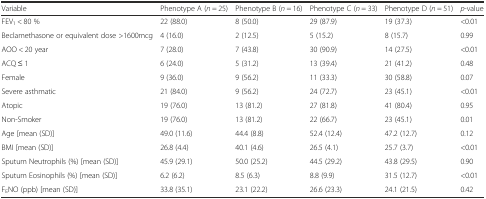
| Variable | Phenotype A (n = 25) | Phenotype B (n = 16) | Phenotype C (n = 33) | Phenotype D (n = 51) | p-value |
 | --- | --- | --- | --- | --- | --- |
 | FEV1 < 80 % | 22 (88.0) | 8 (50.0) | 29 (87.9) | 19 (37.3) | <0.01 |
 | Beclamethasone or equivalent dose >1600mcg | 4 (16.0) | 2 (12.5) | 5 (15.2) | 8 (15.7) | 0.99 |
 | AOO < 20 year | 7 (28.0) | 7 (43.8) | 30 (90.9) | 14 (27.5) | <0.01 |
 | ACQ ≤ 1 | 6 (24.0) | 5 (31.2) | 13 (39.4) | 21 (41.2) | 0.48 |
 | Female | 9 (36.0) | 9 (56.2) | 11 (33.3) | 30 (58.8) | 0.07 |
 | Severe asthmatic | 21 (84.0) | 9 (56.2) | 24 (72.7) | 23 (45.1) | <0.01 |
 | Atopic | 19 (76.0) | 13 (81.2) | 27 (81.8) | 41 (80.4) | 0.95 |
 | Non-Smoker | 19 (76.0) | 13 (81.2) | 22 (66.7) | 23 (45.1) | 0.01 |
 | Age [mean (SD)] | 49.0 (11.6) | 44.4 (8.8) | 52.4 (12.4) | 47.2 (12.7) | 0.12 |
 | BMI [mean (SD)] | 26.8 (4.4) | 40.1 (4.6) | 26.5 (4.1) | 25.7 (3.7) | <0.01 |
 | Sputum Neutrophils (%) [mean (SD)] | 45.9 (29.1) | 50.0 (25.2) | 44.5 (29.2) | 43.8 (29.5) | 0.90 |
 | Sputum Eosinophils (%) [mean (SD)] | 6.2 (6.2) | 8.5 (6.3) | 8.8 (9.9) | 31.5 (12.7) | <0.01 |
 | FENO (ppb) [mean (SD)] | 33.8 (35.1) | 23.1 (22.2) | 26.6 (23.3) | 24.1 (21.5) | 0.42 |